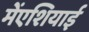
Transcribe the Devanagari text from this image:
मेंएशियाई